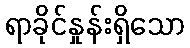
ရာခိုင်နှုန်းရှိသော